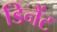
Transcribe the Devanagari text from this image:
डिनैंट